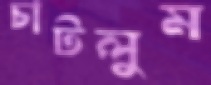
চাটলুম